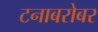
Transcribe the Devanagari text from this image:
टनाबरोबर